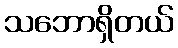
သဘောရှိတယ်